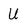
Character: U